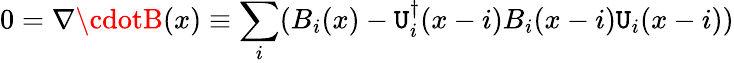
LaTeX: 0=\nabla\cdotB(x)\equiv\sum_{i}(B_{i}(x)-\mathtt{U}_{i}^{\dagger}(x-i)B_{i}(x-i)\mathtt{U}_{i}(x-i))